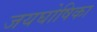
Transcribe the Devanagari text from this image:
जयघोषिका